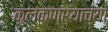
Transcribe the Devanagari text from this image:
कुलकण्र्याच्या